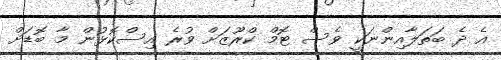
އެ ދެ ބަތަލާއިންނަކީ ވެސް ޓޮމް ކްރޫޒަށް ވުރެ އިސްކޮޅުން މާ ބޮޑަށް